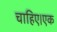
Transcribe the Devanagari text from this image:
चाहिए।एक